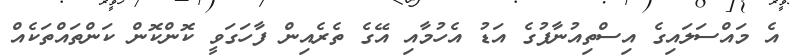
އެ މައްސަލައިގެ އިސްތިއުނާފުގެ އަޑު އެހުމާއި އޭގެ ތެރެއިން ފާހަގަވީ ކޮންކޮން ކަންތައްތަކެއް